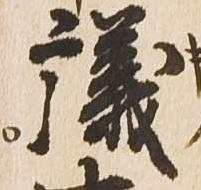
議